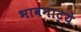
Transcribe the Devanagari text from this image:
भावनाट्ये